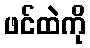
ဖင်ထဲကို